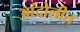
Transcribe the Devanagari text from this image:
आंदोलीत